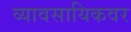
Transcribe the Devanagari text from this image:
व्यावसायिकवर